Report of the Hyderabad Chloroform Commission
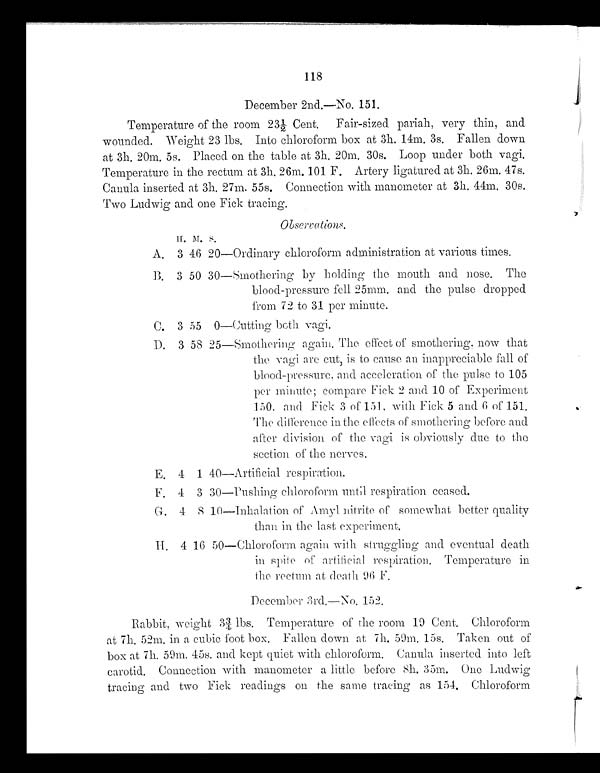
118
December 2nd.—No. 151.
Temperature of the room 23½ Cent. Fair-sized pariah, very thin, and
wounded. Weight 23 lbs. Into chloroform box at 3h. 14m. 3s. Fallen down
at 3h. 20m. 5s. Placed on the table at 3h. 20m. 30s. Loop under both vagi.
Temperature in the rectum at 3h. 26m. 101 F. Artery ligatured at 3h. 26m. 47s.
Canula inserted at 3h. 27m. 55s. Connection with manometer at 3h. 44m. 30s.
Two Ludwig and one Fick tracing.
H. M. S.
Observations.
A. 3 46 20 —Ordinary chloroform administration at various times.
B. 3 50 30 —Smothering by holding the mouth and nose. The
blood-pressure fell 25mm. and the pulse dropped
from 72 to 31 per minute.
C. 3 55 0 —Cutting both vagi.
D. 3 58 25 —Smothering again. The effect of smothering. now that
the vagi are cut, is to cause an inappreciable fall of
blood-pressure, and acceleration or the pulse to 105
per minute ; compare Fick 2 and 10 of Experiment
150, and Fick 3 of 151, with Fick 5 and 6 of 151.
The difference in the effects of smothering before and
after division of the vagi is obviously due to the
section of the nerves.
E. 4 1 40 —Artificial respiration.
F. 4 3 30 —Pushing chloroform until respiration ceased.
G. 4
8 10—Inhalation of Amyl nitrite of somewhat better quality
than in the last experiment.
H. 4 16 50—Chloroform again with struggling and eventual death
in spite of artificial respiration. Temperature in
the rectum at death 96 F.
December 3rd.—No. 152.
Rabbit, weight 3¾ lbs. Temperature of the room 19 Cent. Chloroform
at 7h. 52m. in a cubic foot box. Fallen down at 7k. 59m. 15s. Taken out of
box at 7h. 50m. 45s. and kept quiet with chloroform. Canula inserted into left
carotid. Connection with manometer a little before 8h. 35m. One Ludwig
tracing and two Fick readings on the same tracing as 154. Chloroform